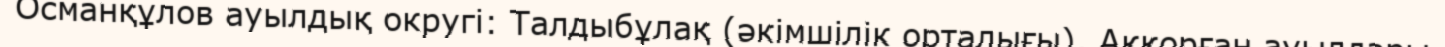
Османқұлов ауылдық округі: Талдыбұлақ (әкімшілік орталығы), Аққорған ауылдары